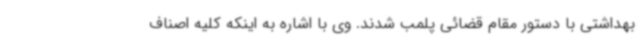
بهداشتی با دستور مقام قضائی پلمب شدند. وی با اشاره به اینکه کلیه اصناف